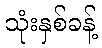
သုံးနှစ်ခန့်